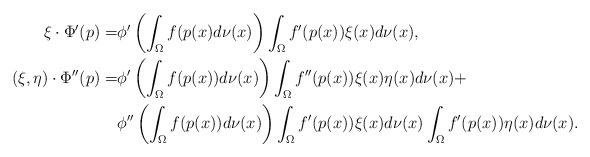
\begin{align*} \xi \cdot \Phi'(p) =& \phi'\left(\int_{\Omega}f(p(x)d\nu(x)\right) \int_{\Omega}f'(p(x))\xi(x)d\nu(x),\\ (\xi,\eta)\cdot\Phi''(p)=& \phi'\left(\int_{\Omega}f(p(x))d\nu(x)\right) \int_{\Omega}f''(p(x))\xi(x)\eta(x)d\nu(x) +\\ &\phi''\left(\int_{\Omega}f(p(x))d\nu(x)\right)\int_{\Omega}f'(p(x))\xi(x)d\nu(x)\int_{\Omega}f'(p(x))\eta(x)d\nu(x).\end{align*}